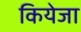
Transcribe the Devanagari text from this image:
कियेजा